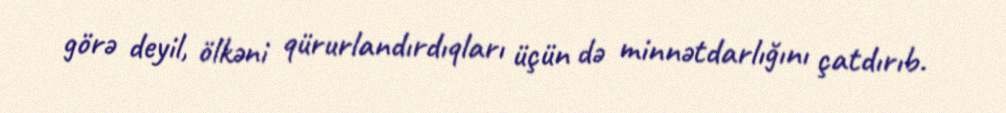
görə deyil, ölkəni qürurlandırdıqları üçün də minnətdarlığını çatdırıb.